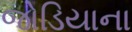
જોડિયાના